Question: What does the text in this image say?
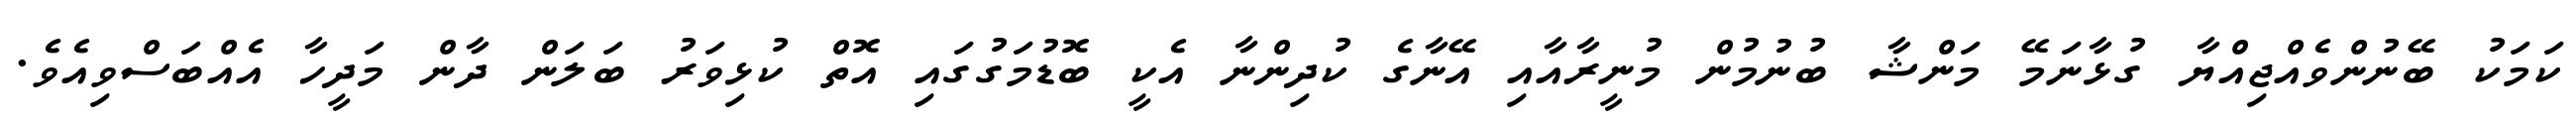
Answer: ކަމަކު ބޭނުންވެއްޖިއްޔާ ގުޅާނަމޭ މަންޝާ ބުނުމުން މުނީރާއާއި އޭނާގެ ކުދިންނާ އެކީ ބޮޑުމަގުގައި އޮތް ކުޅިވަރު ބަލަން ދާން މަދީހާ އެއްބަސްވިއެވެ.